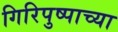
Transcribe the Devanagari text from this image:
गिरिपुष्पाच्या